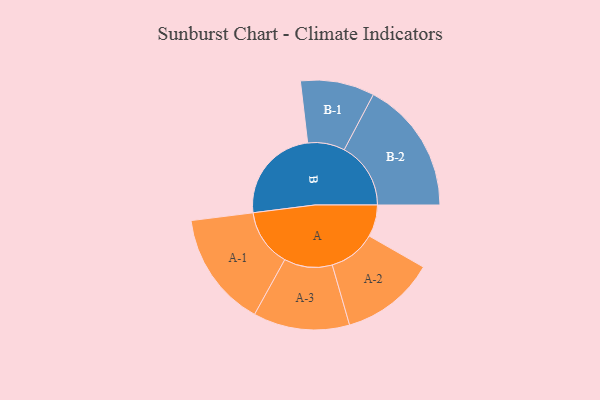
{"axis": {"x": "Segment", "y": "Value"}, "legend": ["", "A", "B"], "data": [{"x": "A", "y": 137, "type": ""}, {"x": "B", "y": 416, "type": ""}, {"x": "A-1", "y": 248, "type": "A"}, {"x": "A-2", "y": 203, "type": "A"}, {"x": "A-3", "y": 207, "type": "A"}, {"x": "B-1", "y": 159, "type": "B"}, {"x": "B-2", "y": 286, "type": "B"}]}